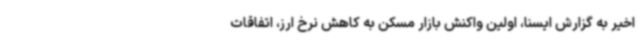
اخیر به گزارش ایسنا، اولین واکنش بازار مسکن به کاهش نرخ ارز، اتفاقات